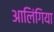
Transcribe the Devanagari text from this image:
आलिंगिया